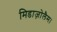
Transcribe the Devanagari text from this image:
मिडाज़ोलैम।